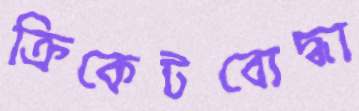
ক্রিকেটবোদ্ধা